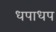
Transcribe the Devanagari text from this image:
धपाधप